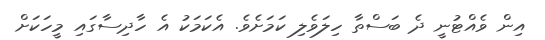
އިން ވެއްޓުނީ ދެ ބަސްތާ ހިލަވެލި ކަމަށެވެ. އެކަމަކު އެ ހާދިސާގައި މީހަކަށް